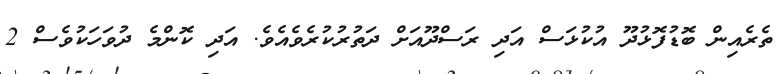
ތެރެއިން ބޮޑުފޮޅުދޫ އުކުޅަސް އަދި ރަސްދޫއަށް ދަތުރުކުރެވެއެވެ. އަދި ކޮންމެ ދުވަހަކުވެސް 2